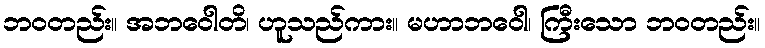
ဘဝတည်း။ အဘဝေါတိ၊ ဟူသည်ကား။ မဟာဘဝေါ၊ ကြီးသော ဘဝတည်း။